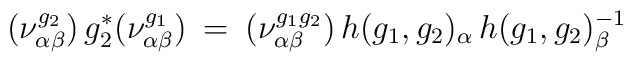
(\nu^{g_2}_{\alpha \beta}) \, g_2^* (\nu^{g_1}_{\alpha \beta}) \: = \:(\nu^{g_1 g_2}_{\alpha \beta}) \, h(g_1, g_2)_{\alpha} \, h(g_1, g_2)_{\beta}^{-1}